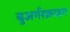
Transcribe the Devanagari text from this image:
बुअर्गरक्राइग